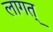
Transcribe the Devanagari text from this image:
लागत्